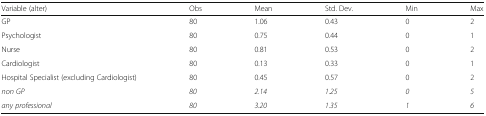
<table><thead><tr><td><b>Variable (alter)</b></td><td><b>Obs</b></td><td><b>Mean</b></td><td><b>Std. Dev.</b></td><td><b>Min</b></td><td><b>Max</b></td></tr></thead><tbody><tr><td>GP</td><td>80</td><td>1.06</td><td>0.43</td><td>0</td><td>2</td></tr><tr><td>Psychologist</td><td>80</td><td>0.75</td><td>0.44</td><td>0</td><td>1</td></tr><tr><td>Nurse</td><td>80</td><td>0.81</td><td>0.53</td><td>0</td><td>2</td></tr><tr><td>Cardiologist</td><td>80</td><td>0.13</td><td>0.33</td><td>0</td><td>1</td></tr><tr><td>Hospital Specialist (excluding Cardiologist)</td><td>80</td><td>0.45</td><td>0.57</td><td>0</td><td>2</td></tr><tr><td><i>non GP</i></td><td><i>80</i></td><td><i>2.14</i></td><td><i>1.25</i></td><td><i>0</i></td><td><i>5</i></td></tr><tr><td><i>any professional</i></td><td><i>80</i></td><td><i>3.20</i></td><td><i>1.35</i></td><td><i>1</i></td><td><i>6</i></td></tr></tbody></table>